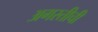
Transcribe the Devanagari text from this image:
अगस्तीची